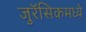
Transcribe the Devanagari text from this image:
जुरॅसिकमध्ये